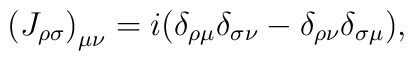
\left( {J_{\rho \sigma } } \right)_{\mu \nu }  = i(\delta _{\rho \mu } \delta _{\sigma \nu }  - \delta _{\rho \nu } \delta _{\sigma \mu } ),